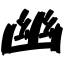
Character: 幽